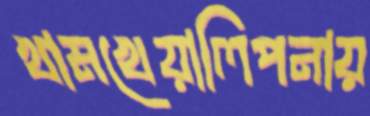
খামখেয়ালিপনায়